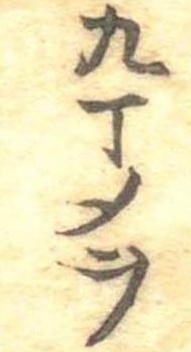
九丁メヲ